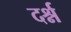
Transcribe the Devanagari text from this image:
दर्श्न